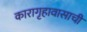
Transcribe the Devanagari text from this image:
कारागृहावासाची